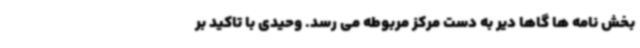
بخش نامه ها گاها دیر به دست مرکز مربوطه می رسد. وحیدی با تاکید بر